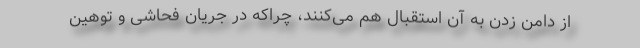
از دامن زدن به آن استقبال هم می‌کنند، چراکه در جریان فحاشی و توهین